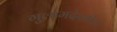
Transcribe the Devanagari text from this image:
गुलामदेखील